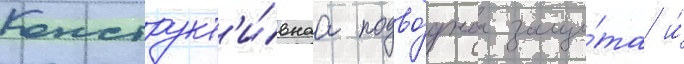
Конструкт'и́внаа подво́днаа защи́та и́